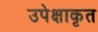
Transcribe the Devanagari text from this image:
उपेक्षाकृत